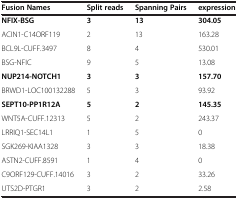
<table><thead><tr><td><b>Fusion Names</b></td><td><b>Split reads</b></td><td><b>Spanning Pairs</b></td><td><b>expression</b></td></tr></thead><tbody><tr><td><b>NFIX-BSG</b></td><td><b>3</b></td><td><b>13</b></td><td><b>304.05</b></td></tr><tr><td>ACIN1-C14ORF119</td><td>2</td><td>13</td><td>163.28</td></tr><tr><td>BCL9L-CUFF.3497</td><td>8</td><td>4</td><td>530.01</td></tr><tr><td>BSG-NFIC</td><td>9</td><td>5</td><td>13.08</td></tr><tr><td><b>NUP214-NOTCH1</b></td><td><b>3</b></td><td><b>3</b></td><td><b>157.70</b></td></tr><tr><td>BRWD1-LOC100132288</td><td>5</td><td>3</td><td>93.92</td></tr><tr><td><b>SEPT10-PP1R12A</b></td><td><b>5</b></td><td><b>2</b></td><td><b>145.35</b></td></tr><tr><td>WNT5A-CUFF.12313</td><td>5</td><td>2</td><td>243.37</td></tr><tr><td>LRRIQ1-SEC14L1</td><td>1</td><td>5</td><td>0</td></tr><tr><td>SGK269-KIAA1328</td><td>3</td><td>3</td><td>18.38</td></tr><tr><td>ASTN2-CUFF.8591</td><td>1</td><td>4</td><td>0</td></tr><tr><td>C9ORF129-CUFF.14016</td><td>3</td><td>2</td><td>33.26</td></tr><tr><td>UTS2D-PTGR1</td><td>3</td><td>2</td><td>2.58</td></tr></tbody></table>